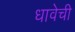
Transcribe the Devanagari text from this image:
धावेची